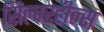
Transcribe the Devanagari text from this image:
सिल्वरहील्स